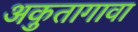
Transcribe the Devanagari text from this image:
अकुतागावा